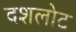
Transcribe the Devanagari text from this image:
दशलोट